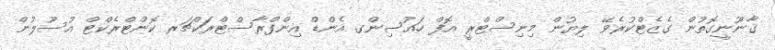
ޤާނޫނީގޮތުން ގެޒެޓްކުރެވޭ ލިޔުން މިނިސްޓްރީ އޮފް ހައުސިންގ އެންޑް އިންފްރާސްޓްރަކްޗަރ ކޮންޓްރެކްޓް އުސޫލުން